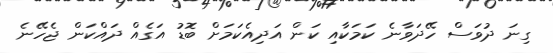
ގިނަ ދުވަސް ހޭދަވާނެ ކަމަކާއި ކަން އަދިއެކަމަށް ބޮޑު އަގެއް ދައްކަން ޖެހޭނެ